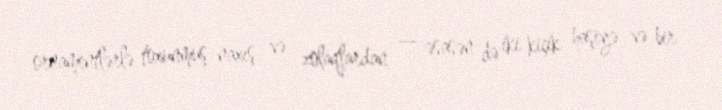
ornamentlərlə toxunmuş naxış və zolaqlardan — əsasən də iki kiçik haşiyə və bir